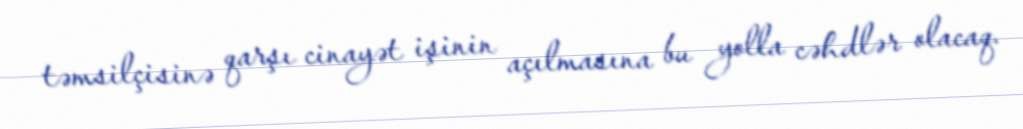
təmsilçisinə qarşı cinayət işinin açılmasına bu yolla cəhdlər olacaq.